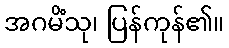
အဂမိံသု၊ ပြန်ကုန်၏။